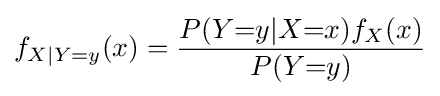
f_{X|Y{=}y}(x)={\frac {P(Y{=}y|X{=}x)f_{X}(x)}{P(Y{=}y)}}